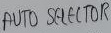
Text: AUTO SELECTOR